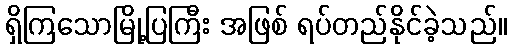
ရှိကြသောမြို့ပြကြီး အဖြစ် ရပ်တည်နိုင်ခဲ့သည်။